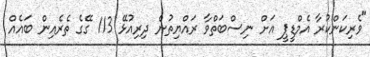
"ވެރިކަންކުރާ އެމްޑީޕީ އަށް ނިސްބަތްވާ ރައްޔިތުން ދިރިއުޅޭ 113 ގޭގެ ތެރެއިން ބައެއް